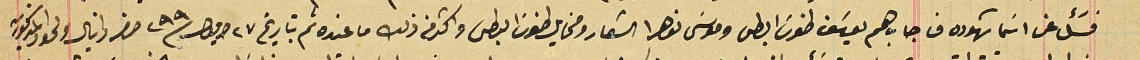
فسَئل عن اسَما شهوده فاجاب هم يوسَف طنوسَ البطى وموسَى نوهرا الشمار ومخايل طنوسَ البطى واكثر من ذلك ما عنده تم بتاريخ ٢٧ ايلول سنة ٢٩٩ حضر دانيال ولحود المذكور